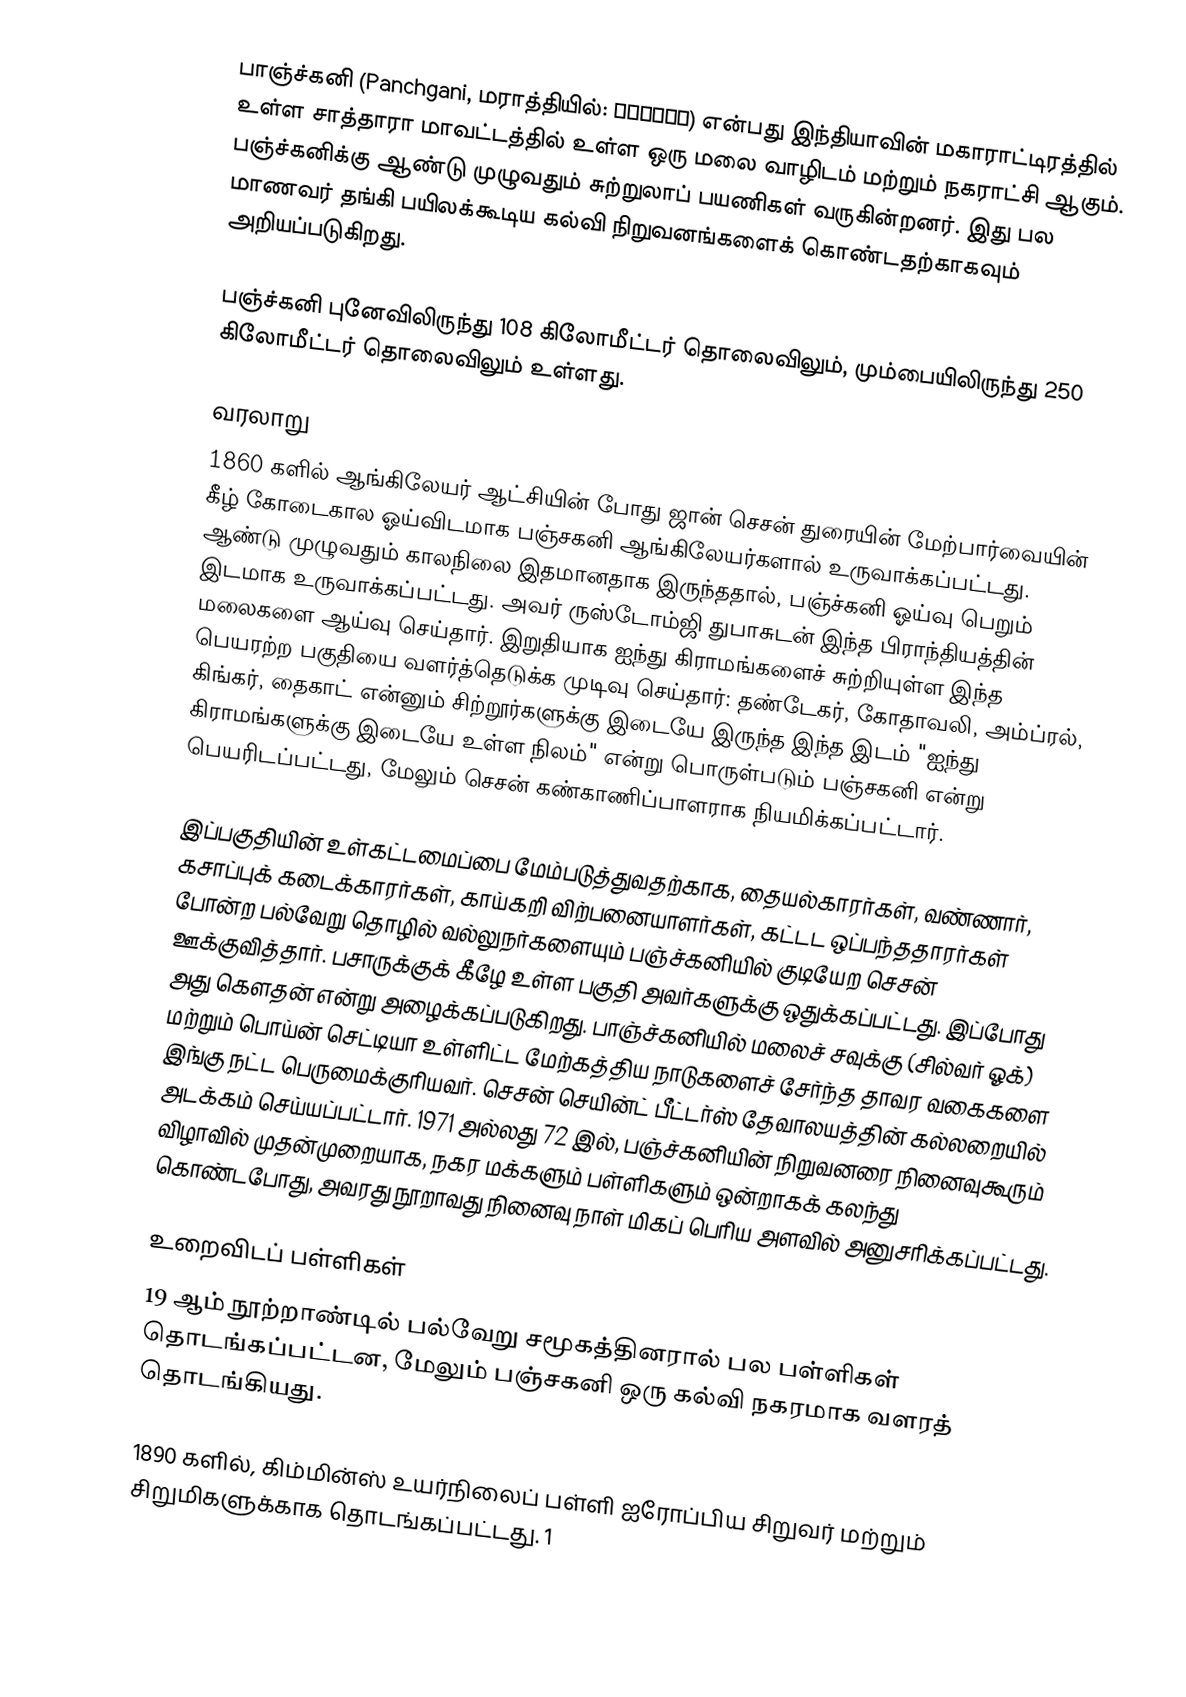
பாஞ்ச்கனி (Panchgani, மராத்தியில்: पाचगणी) என்பது இந்தியாவின் மகாராட்டிரத்தில் உள்ள சாத்தாரா மாவட்டத்தில் உள்ள ஒரு மலை வாழிடம் மற்றும் நகராட்சி ஆகும். பஞ்ச்கனிக்கு ஆண்டு முழுவதும் சுற்றுலாப் பயணிகள் வருகின்றனர். இது பல மாணவர் தங்கி பயிலக்கூடிய கல்வி நிறுவனங்களைக் கொண்டதற்காகவும் அறியப்படுகிறது.

பஞ்ச்கனி புனேவிலிருந்து 108 கிலோமீட்டர் தொலைவிலும், மும்பையிலிருந்து 250 கிலோமீட்டர் தொலைவிலும் உள்ளது.

வரலாறு
1860 களில்  ஆங்கிலேயர் ஆட்சியின் போது ஜான் செசன் துரையின் மேற்பார்வையின் கீழ் கோடைகால ஓய்விடமாக  பஞ்சகனி ஆங்கிலேயர்களால் உருவாக்கப்பட்டது. ஆண்டு முழுவதும் காலநிலை இதமானதாக இருந்ததால், பஞ்ச்கனி ஓய்வு பெறும் இடமாக உருவாக்கப்பட்டது. அவர் ருஸ்டோம்ஜி துபாசுடன் இந்த பிராந்தியத்தின் மலைகளை ஆய்வு செய்தார். இறுதியாக ஐந்து கிராமங்களைச் சுற்றியுள்ள இந்த பெயரற்ற பகுதியை வளர்த்தெடுக்க முடிவு செய்தார்: தண்டேகர், கோதாவலி, அம்ப்ரல், கிங்கர், தைகாட் என்னும் சிற்றூர்களுக்கு இடையே இருந்த இந்த இடம் "ஐந்து கிராமங்களுக்கு இடையே உள்ள நிலம்" என்று பொருள்படும் பஞ்சகனி என்று பெயரிடப்பட்டது, மேலும் செசன் கண்காணிப்பாளராக நியமிக்கப்பட்டார்.

இப்பகுதியின் உள்கட்டமைப்பை மேம்படுத்துவதற்காக, தையல்காரர்கள், வண்ணார், கசாப்புக் கடைக்காரர்கள், காய்கறி விற்பனையாளர்கள், கட்டட ஒப்பந்ததாரர்கள் போன்ற பல்வேறு தொழில் வல்லுநர்களையும் பஞ்ச்கனியில் குடியேற செசன் ஊக்குவித்தார். பசாருக்குக் கீழே உள்ள பகுதி அவர்களுக்கு ஒதுக்கப்பட்டது. இப்போது அது கௌதன் என்று அழைக்கப்படுகிறது. பாஞ்ச்கனியில் மலைச் சவுக்கு (சில்வர் ஓக்) மற்றும் பொய்ன் செட்டியா உள்ளிட்ட மேற்கத்திய நாடுகளைச் சேர்ந்த தாவர வகைகளை இங்கு நட்ட பெருமைக்குரியவர். செசன் செயின்ட் பீட்டர்ஸ் தேவாலயத்தின் கல்லறையில் அடக்கம் செய்யப்பட்டார். 1971 அல்லது 72 இல், பஞ்ச்கனியின் நிறுவனரை நினைவுகூரும் விழாவில் முதன்முறையாக, நகர மக்களும் பள்ளிகளும் ஒன்றாகக் கலந்து கொண்டபோது, அவரது நூறாவது நினைவு நாள் மிகப் பெரிய அளவில் அனுசரிக்கப்பட்டது.

உறைவிடப் பள்ளிகள்
19 ஆம் நூற்றாண்டில் பல்வேறு சமூகத்தினரால் பல பள்ளிகள் தொடங்கப்பட்டன, மேலும் பஞ்சகனி ஒரு கல்வி நகரமாக வளரத் தொடங்கியது.

1890 களில், கிம்மின்ஸ் உயர்நிலைப் பள்ளி ஐரோப்பிய சிறுவர் மற்றும் சிறுமிகளுக்காக தொடங்கப்பட்டது. 1